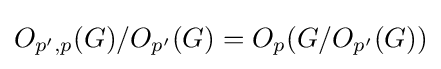
O_{p',p}(G)/O_{p'}(G)=O_{p}(G/O_{p'}(G))